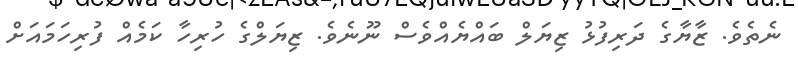
ނެތެވެ. ޒާޔާގެ ދަރިފުޅު ޒިޔަލް ބައްޔެއްވެސް ނޫނެވެ. ޒިޔަލްގެ ހުރިހާ ކަމެއް ފުރިހަމައަށް